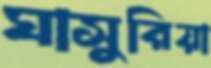
ঘাসুরিয়া